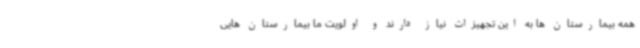
همه بیمارستان ها به این تجهیزات نیاز دارند و اولویت ما بیمارستان هایی